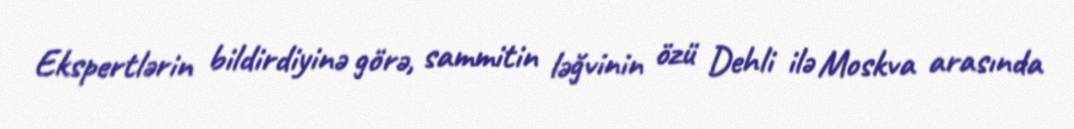
Ekspertlərin bildirdiyinə görə, sammitin ləğvinin özü Dehli ilə Moskva arasında